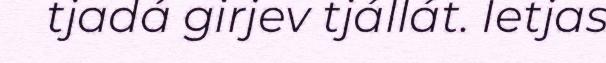
tjadá girjev tjállát. Ietjas